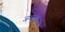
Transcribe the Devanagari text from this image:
जगद्रुरू